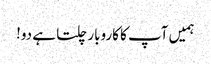
ہمیں آپ کا کاروبار چلتا ہے دو!